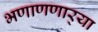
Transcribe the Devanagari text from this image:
भणाणणार्‍या